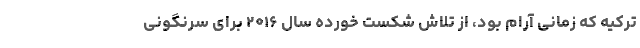
ترکیه که زمانی آرام بود، از تلاش شکست خورده سال ۲۰۱۶ برای سرنگونی